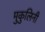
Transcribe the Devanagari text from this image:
मुकुलिनी